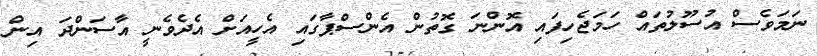
ނަމަވެސް އުސޫލުތައް ހަމަޖެހިފައި އޮންނަ ގޮތުން އެންސްޕާގައި އެހީއަށް އެދެވެނީ އާސަންދަ އިން